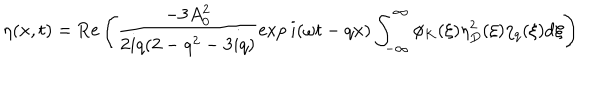
\eta ( x , t ) = \mathrm { R e } \left( \frac { - 3 A _ { 0 } ^ { 2 } } { 2 i q ( 2 - q ^ { 2 } - 3 i q ) } \exp i ( \omega t - q x ) \int _ { - \infty } ^ { \infty } \phi _ { K } ( \xi ) \eta _ { D } ^ { 2 } ( \xi ) \eta _ { q } ( \xi ) \mathrm { d } \xi \right)